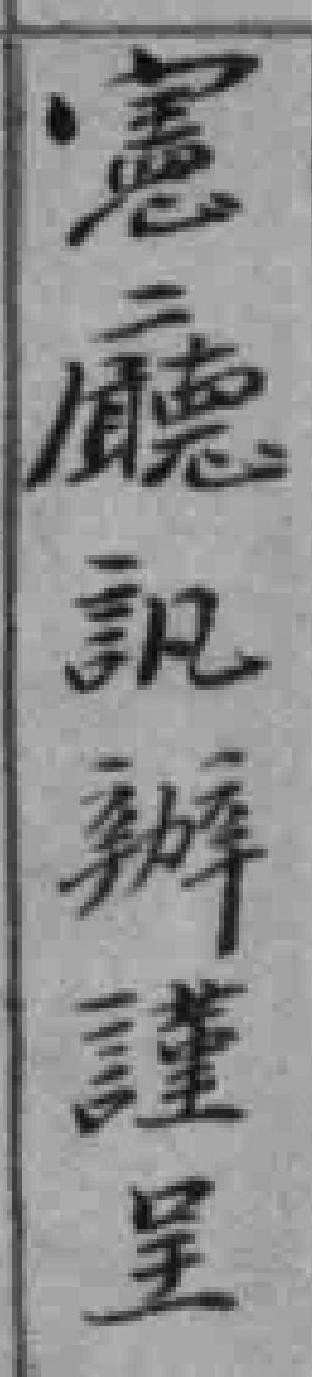
憲廳訊辦謹呈